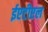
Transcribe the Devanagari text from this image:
ईएटीएल